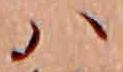
ハ